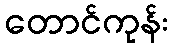
တောင်ကုန်း